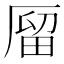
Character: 𠪐